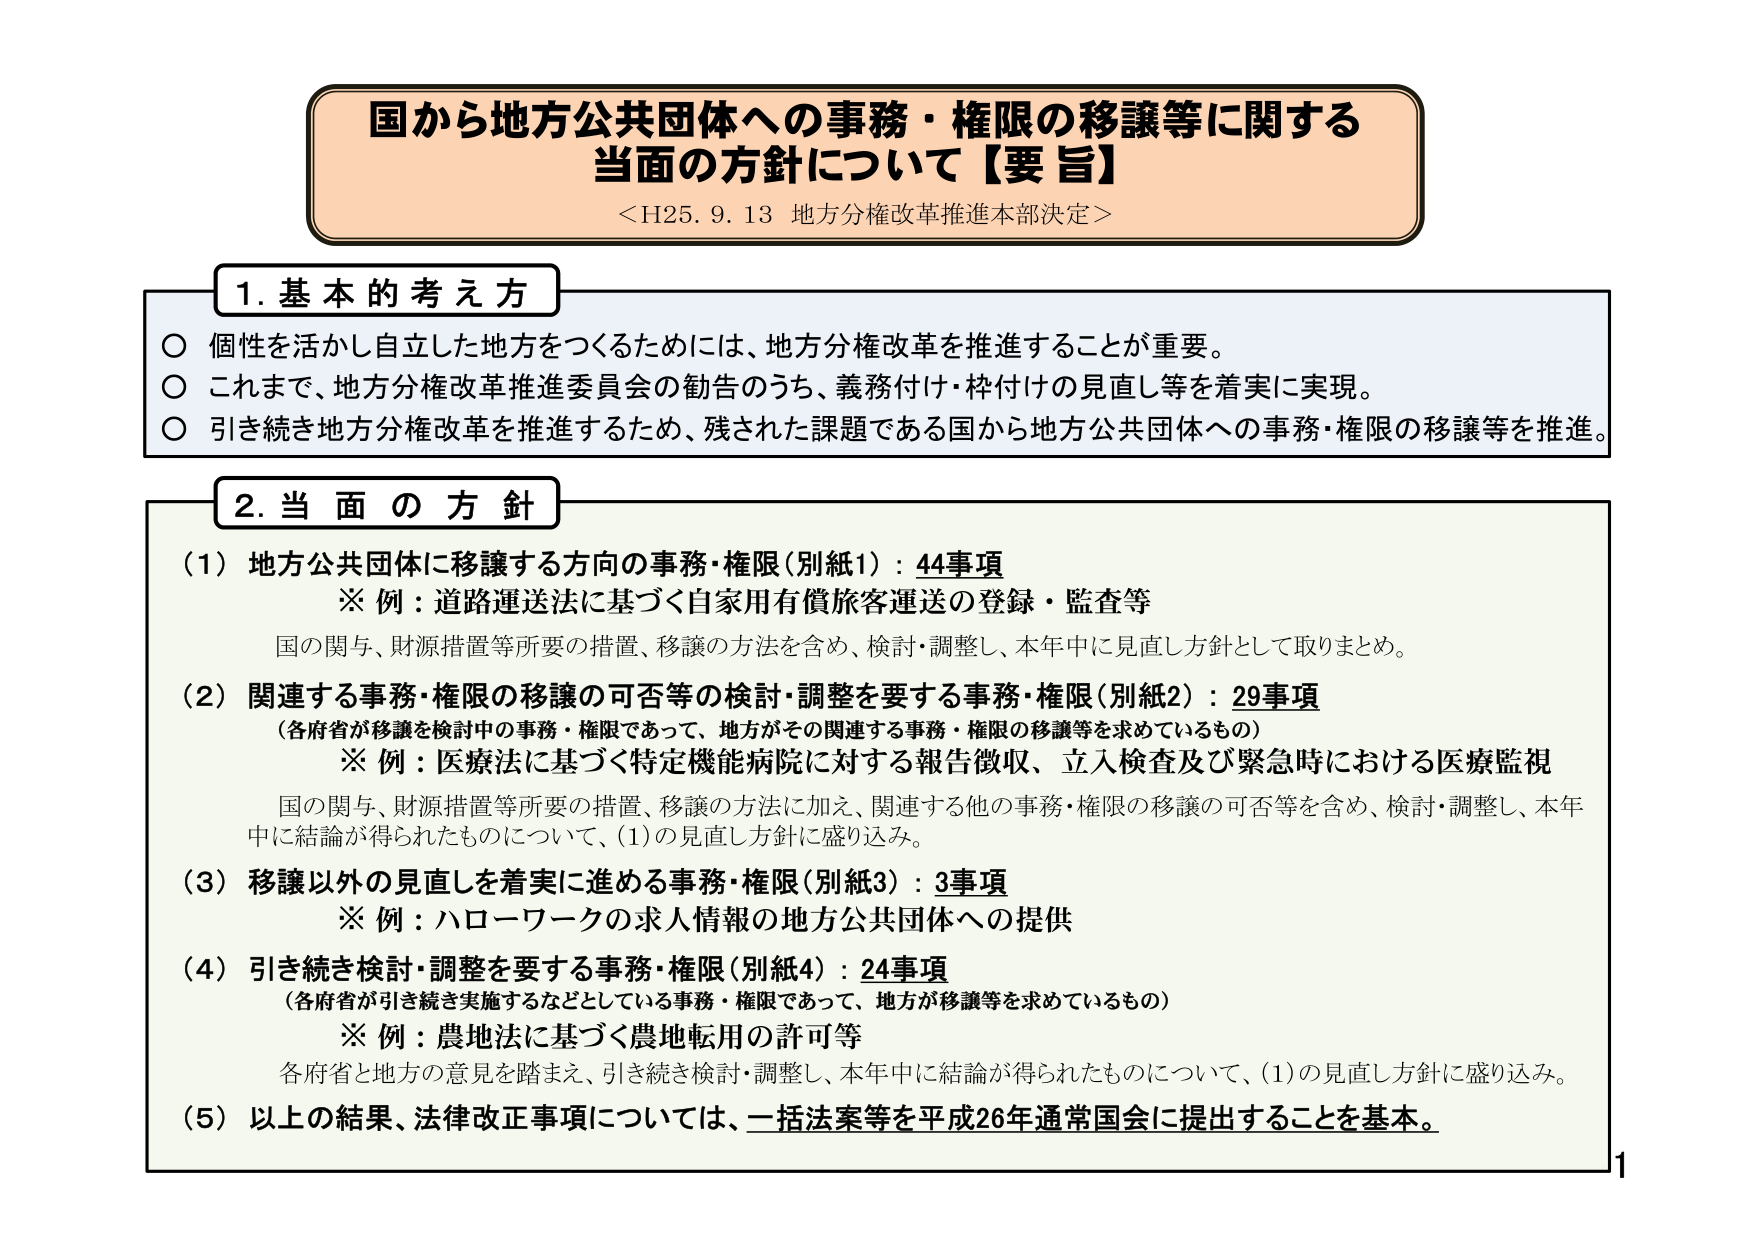
国から地方公共団体への事務・権限の移譲等に関する
当面の方針について【要旨】
＜H25. 9. 13 地方分権改革推進本部決定＞

1. 基本的考え方
○ 個性を活かし自立した地方をつくるためには、地方分権改革を推進することが重要。
○ これまで、地方分権改革推進委員会の勧告のうち、義務付け・枠付けの見直し等を着実に実現。
○ 引き続き地方分権改革を推進するため、残された課題である国から地方公共団体への事務・権限の移譲等を推進。

2. 当面の方針
（1）地方公共団体に移譲する方向の事務・権限（別紙1）：44事項
　※ 例：道路運送法に基づく自家用有償旅客運送の登録・監査等
　国の関与、財源措置等所要の措置、移譲の方法を含め、検討・調整し、本年中に見直し方針として取りまとめ。

（2）関連する事務・権限の移譲の可否等の検討・調整を要する事務・権限（別紙2）：29事項
　（各府省が移譲を検討中の事務・権限であって、地方がその関連する事務・権限の移譲等を求めているもの）
　※ 例：医療法に基づく特定機能病院に対する報告徴収、立入検査及び緊急時における医療監視
　国の関与、財源措置等所要の措置、移譲の方法に加え、関連する他の事務・権限の移譲の可否等を含め、検討・調整し、本年中に結論が得られたものについて、（1）の見直し方針に盛り込み。

（3）移譲以外の見直しを着実に進める事務・権限（別紙3）：3事項
　※ 例：ハローワークの求人情報の地方公共団体への提供

（4）引き続き検討・調整を要する事務・権限（別紙4）：24事項
　（各府省が引き続き実施するなどとしている事務・権限であって、地方が移譲等を求めているもの）
　※ 例：農地法に基づく農地転用の許可等
　各府省と地方の意見を踏まえ、引き続き検討・調整し、本年中に結論が得られたものについて、（1）の見直し方針に盛り込み。

（5）以上の結果、法律改正事項については、一括法案等を平成26年通常国会に提出することを基本。

1